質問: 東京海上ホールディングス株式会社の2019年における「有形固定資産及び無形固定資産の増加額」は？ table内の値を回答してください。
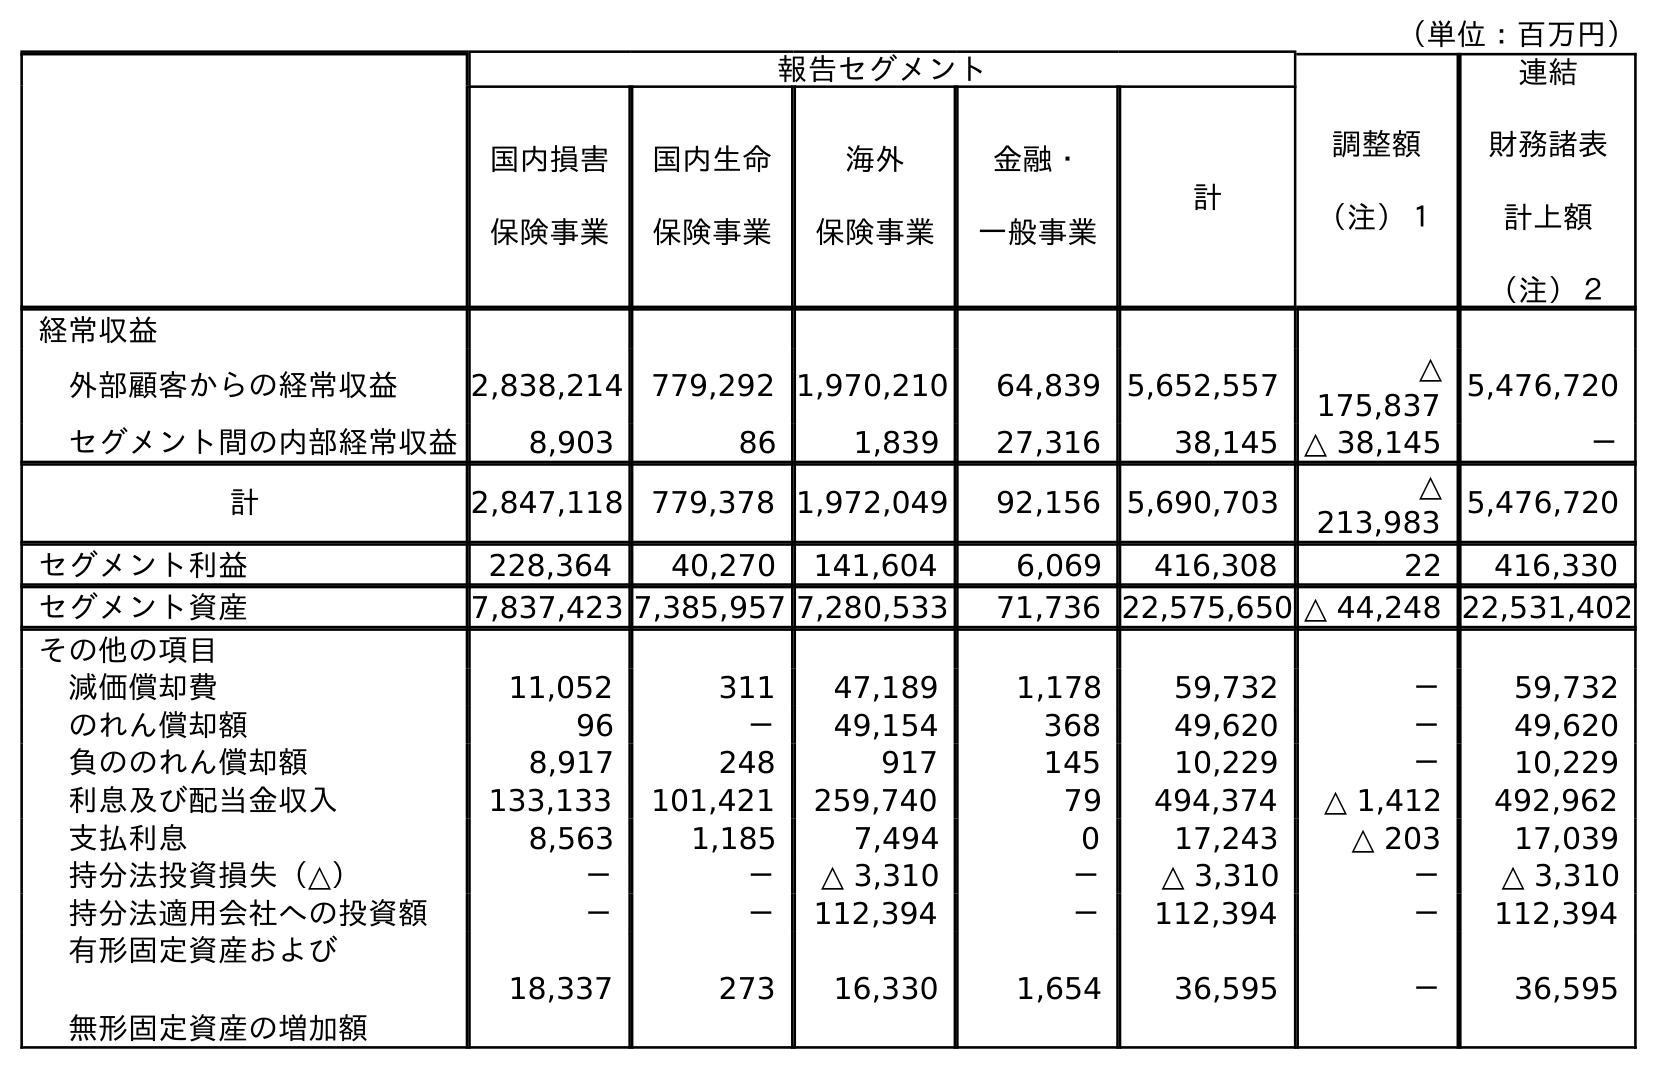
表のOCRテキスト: （単位：百万円） 報告セグメント 調整額 （注）１ 連結 財務諸表 計上額 （注）２ 国内損害 保険事業 国内生命 保険事業 海外 保険事業 金融・ 一般事業 計 経常収益 外部顧客からの経常収益 2,838,214 779,292 1,970,210 64,839 5,652,557 △ 175,837 5,476,720 セグメント間の内部経常収益 8,903 86 1,839 27,316 38,145 △ 38,145 － 計 2,847,118 779,378 1,972,049 92,156 5,690,703 △ 213,983 5,476,720 セグメント利益 228,364 40,270 141,604 6,069 416,308 22 416,330 セグメント資産 7,837,423 7,385,957 7,280,533 71,736 22,575,650 △ 44,248 22,531,402 その他の項目 減価償却費 11,052 311 47,189 1,178 59,732 － 59,732 のれん償却額 96 － 49,154 368 49,620 － 49,620 負ののれん償却額 8,917 248 917 145 10,229 － 10,229 利息及び配当金収入 133,133 101,421 259,740 79 494,374 △ 1,412 492,962 支払利息 8,563 1,185 7,494 0 17,243 △ 203 17,039 持分法投資損失（△） － － △ 3,310 － △ 3,310 － △ 3,310 持分法適用会社への投資額 － － 112,394 － 112,394 － 112,394 有形固定資産および 無形固定資産の増加額 18,337 273 16,330 1,654 36,595 － 36,595
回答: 36,595